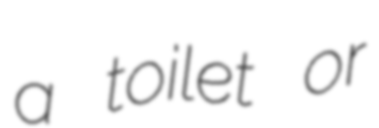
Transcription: a toilet or